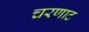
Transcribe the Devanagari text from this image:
चरणाट